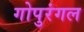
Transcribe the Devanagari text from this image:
गोपुरंगल